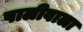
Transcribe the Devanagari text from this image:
पालीवाला